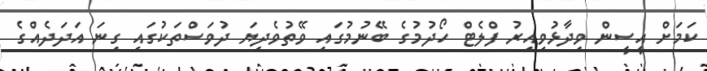
ކަމަށް އީސީން ވިދާޅުވިއިރު ފްލެޓް ހޯދުމުގެ ބޭނުމުގައި ވޭތުވެދިޔަ ދުވަސްތަކުގައި ގިނަ އަދަދެއްގެ